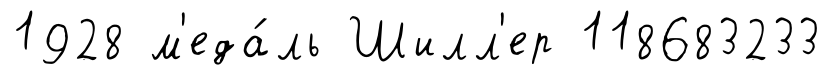
1928 м'еда́ль Шилл'ер 118683233